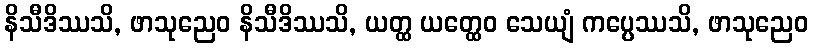
နိသီဒိဿသိ, ဖာသုညေဝ နိသီဒိဿသိ, ယတ္ထ ယတ္ထေဝ သေယျံ ကပ္ပေဿသိ, ဖာသုညေဝ